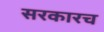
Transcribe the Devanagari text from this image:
सरकारच